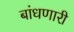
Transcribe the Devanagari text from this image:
बांधणारी